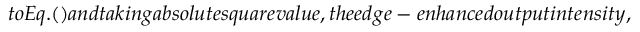
t o E q . ( ) a n d t a k i n g a b s o l u t e s q u a r e v a l u e , t h e e d g e - e n h a n c e d o u t p u t i n t e n s i t y ,